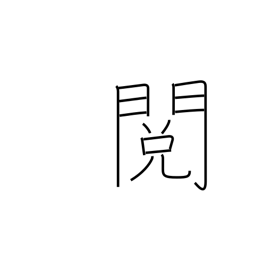
Meaning: revision